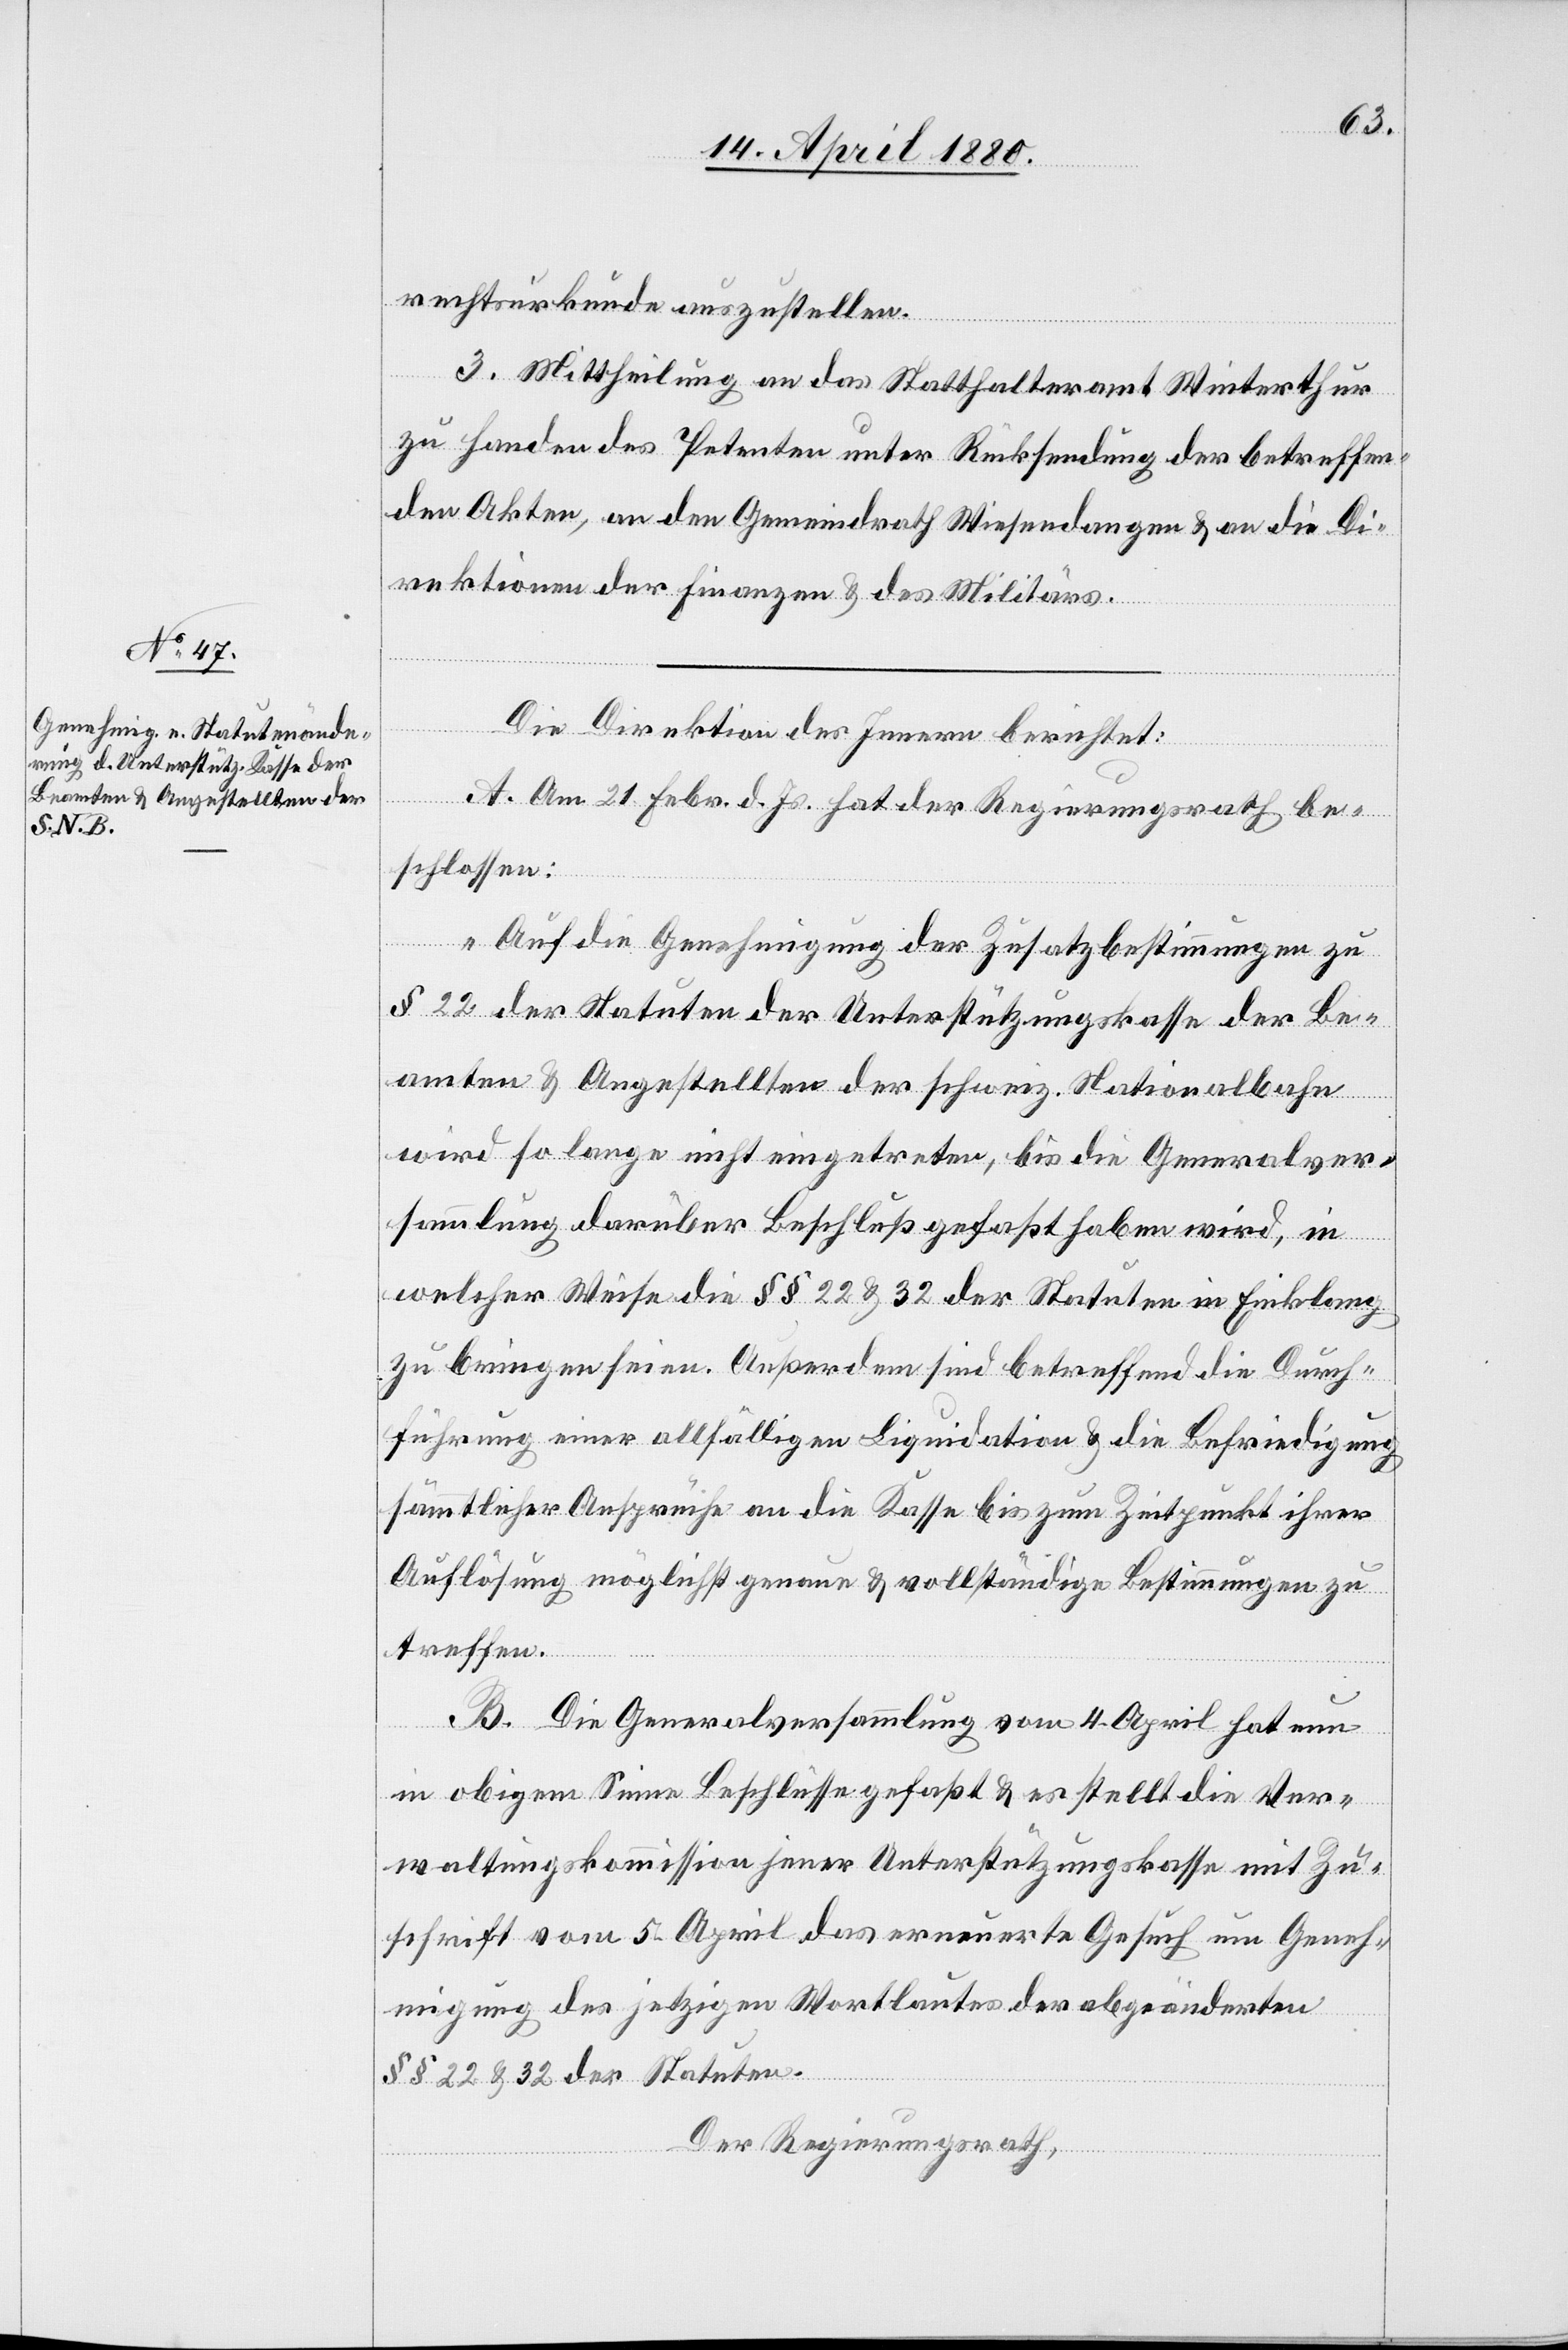
rechtsurkunde auszustellen.
3. Mittheilung an das Statthalteramt Winterthur
zu Handen des Petenten unter Rücksendung der betreffen¬
den Akten, an den Gemeindrath Wiesendangen & an die Di¬
rektionen der Finanzen & des Militärs.
Die Direktion des Innern berichtet:
A. Am 21. Febr. d. Js. hat der Regierungsrath be¬
schlossen:
„Auf die Genehmigung der Zusatzbestimmungen zu
§ 22 der Statuten der Unterstützungskasse der Be¬
amten & Angestellten der schweiz. Nationalbahn
wird so lange nicht eingetreten, bis die Generalver¬
sammlung darüber Beschluß gefaßt haben wird, in
welcher Weise die §§ 22 & 32 der Statuten in Einklang
zu bringen seien. Außerdem sind betreffend die Durch¬
führung einer allfälligen Liquidation & die Befriedigung
sämmtlicher Ansprüche an die Kasse bis zum Zeitpunkt ihrer
Auflösung möglichst genaue & vollständige Bestimmungen zu
treffen.“
B. Die Generalversammlung vom 4. April hat nun
in obigem Sinne Beschlüsse gefaßt & es stellt die Ver¬
waltungskommission jener Unterstützungskasse mit Zu¬
schrift vom 5. April das erneuerte Gesuch um Geneh¬
migung des jetzigen Wortlautes der abgeänderten
§§ 22 & 32 der Statuten.
Der Regierungsrath,